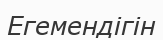
Егемендігін